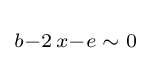
\scriptstyle b-2\,x-e\;\sim \;0